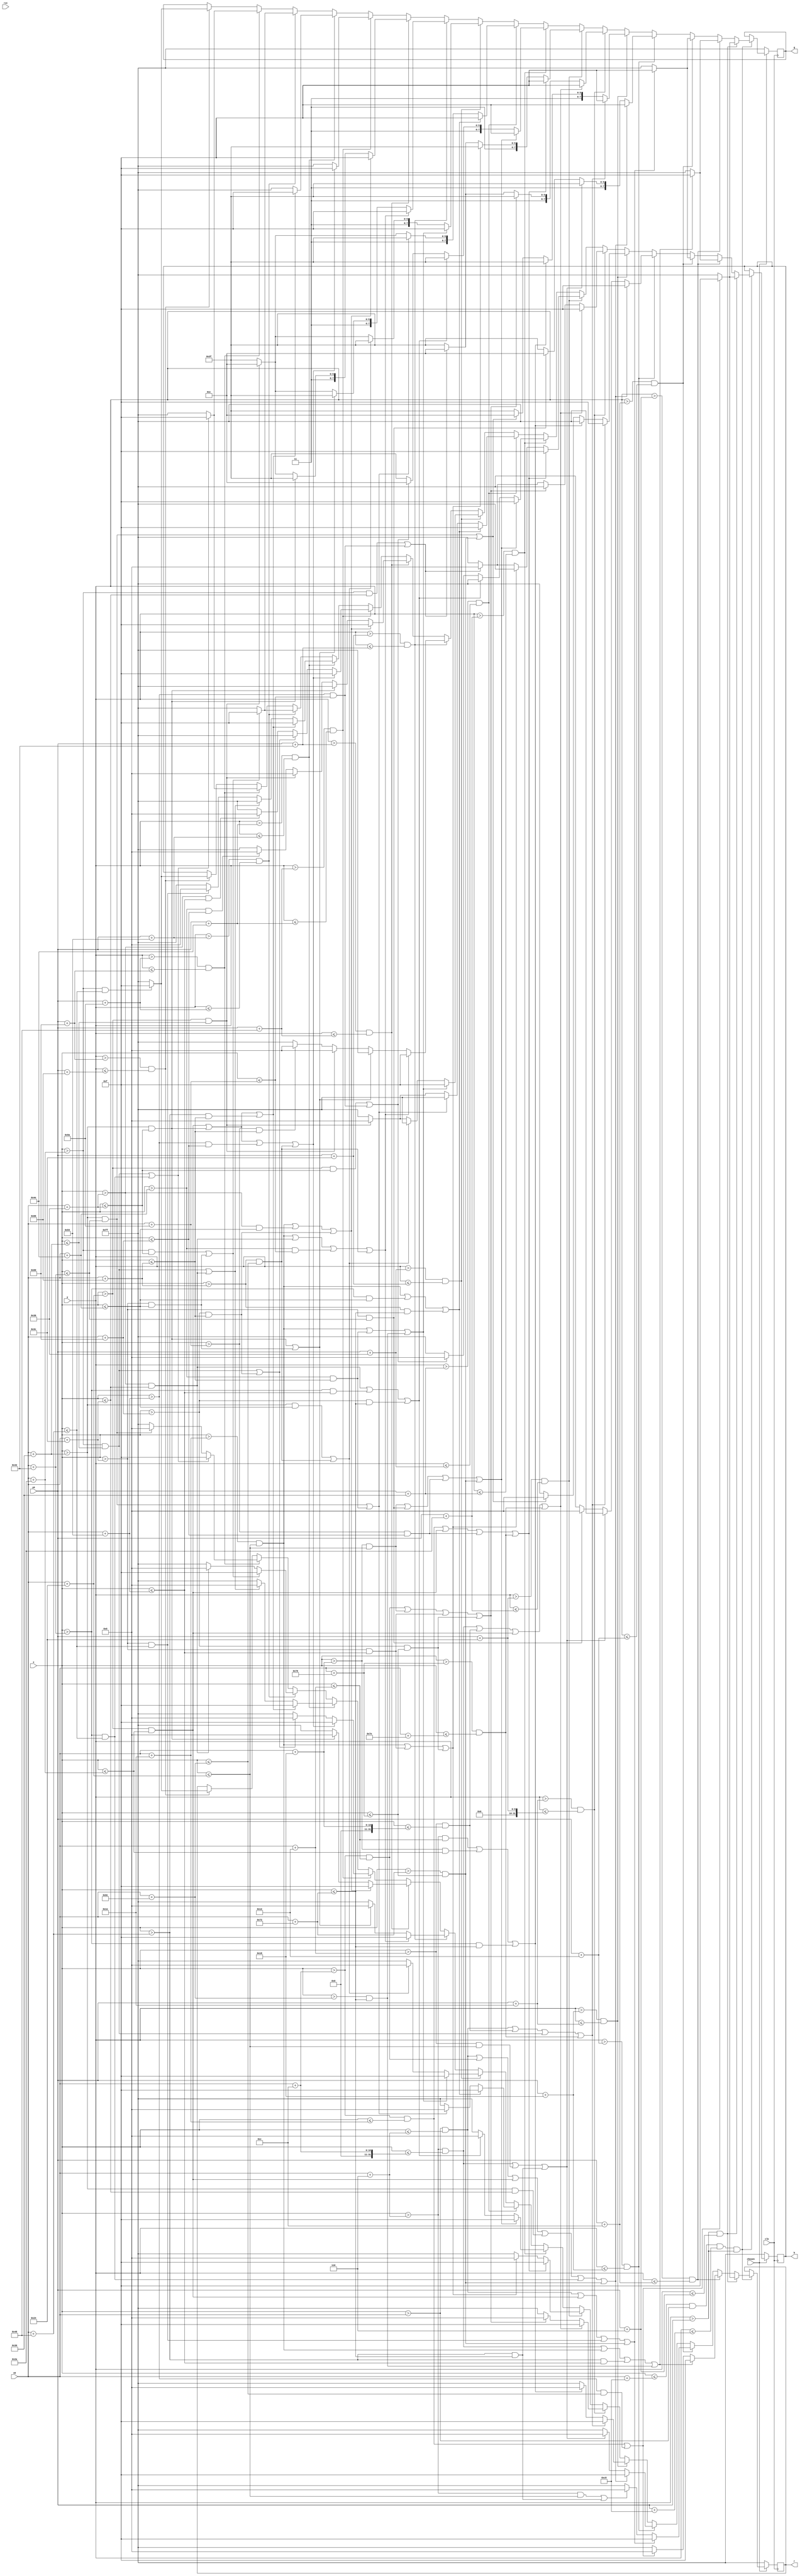
module squirtle(clk, rst, x, y, r, g, b, x0, y0, chosen);
	input clk, rst, chosen;
	input [9:0] x, x0;
	input [8:0] y, y0;
	output reg [7:0] r, g, b;
	
	parameter scale = 6;
	
	//21 * 17  scale parameter: 6-7  

always @(posedge clk) begin
		if(chosen) begin
			if(x <= x0 + 10'b0011001000 & x > x0 & y <= y0 + 9'b011001000 & y > y0) begin
				if(y > y0 & y <= y0 + scale) begin
					if((x > x0 + 2*scale & x <= x0 + 5*scale) | (x > x0 + 14*scale & x <= x0 + 18*scale)) begin
						r <= 8'b00001111;
						g <= 8'b00001111;
						b <= 8'b00001111;
					end else begin
						r <= 8'b11111111;
						g <= 8'b11111111;
						b <= 8'b11111111;
					end
				end else if (y > y0 + scale & y <= y0 + 2*scale) begin
					if((x > x0 + 1*scale & x <= x0 + 2*scale) | (x > x0 + 5*scale & x <= x0 + 6*scale) | (x > x0 + 12*scale & x <= x0 + 14*scale) | (x > x0 + 18*scale & x <= x0 + 19*scale)) begin
						r <= 8'b00001111;
						g <= 8'b00001111;
						b <= 8'b00001111;
					end else if ((x > x0 + 2*scale & x <= x0 + 5*scale) | (x > x0 + 14*scale & x <= x0 + 18*scale)) begin
						r <= 8'b00000000;
						g <= 8'b11111111;
						b <= 8'b11111111;
					end else begin
						r <= 8'b11111111;
						g <= 8'b11111111;
						b <= 8'b11111111;
					end
				end else if (y > y0 + 2*scale & y <= y0 + 3*scale) begin
					if((x > x0 & x <= x0 + scale) | (x > x0 + 6*scale & x <= x0 + 7*scale) | (x > x0 + 10*scale & x <= x0 + 12*scale) | (x > x0 + 19*scale & x <= x0 + 20*scale)) begin
						r <= 8'b00001111;
						g <= 8'b00001111;
						b <= 8'b00001111;
					end else if ((x > x0 + scale & x <= x0 + 6*scale) | (x > x0 + 12*scale & x <= x0 + 19*scale)) begin
						r <= 8'b00000000;
						g <= 8'b11111111;
						b <= 8'b11111111;
					end else begin
						r <= 8'b11111111;
						g <= 8'b11111111;
						b <= 8'b11111111;
					end
				end else if (y > y0 + 3*scale & y <= y0 + 4*scale) begin
					if((x > x0 & x <= x0 + scale) | (x > x0 + 2*scale & x <= x0 + 3*scale) | (x > x0 + 6*scale & x <= x0 + 7*scale) | (x > x0 + 8*scale & x <= x0 + 10*scale) | (x > x0 + 11*scale & x <= x0 + 12*scale) | (x > x0 + 19*scale & x <= x0 + 20*scale)) begin
						r <= 8'b00001111;
						g <= 8'b00001111;
						b <= 8'b00001111;
					end else if ((x > x0 + scale & x <= x0 + 2*scale) | (x > x0 + 3*scale & x <= x0 + 6*scale) | (x > x0 + 12*scale & x <= x0 + 19*scale)) begin
						r <= 8'b00000000;
						g <= 8'b11111111;
						b <= 8'b11111111;
					end else if (x > x0 + 10*scale & x <= x0 + 11*scale) begin
						r <= 8'b11111111; // shit
						g <= 8'b11001100;
						b <= 8'b00000000;
					end else begin
						r <= 8'b11111111;
						g <= 8'b11111111;
						b <= 8'b11111111;
					end
				end else if (y > y0 + 4*scale & y <= y0 + 5*scale) begin
					if((x > x0 & x <= x0 + scale) | (x > x0 + 3*scale & x <= x0 + 4*scale) | (x > x0 + 7*scale & x <= x0 + 8*scale) | (x > x0 + 20*scale & x <= x0 + 21*scale)) begin
						r <= 8'b00001111;
						g <= 8'b00001111;
						b <= 8'b00001111;
					end else if ((x > x0 + scale & x <= x0 + 3*scale) | (x > x0 + 4*scale & x <= x0 + 7*scale) | (x > x0 + 11*scale & x <= x0 + 19*scale)) begin
						r <= 8'b00000000;
						g <= 8'b11111111;
						b <= 8'b11111111;
					end else if ((x > x0 + 8*scale & x <= x0 + 11*scale) | (x > x0 + 19*scale & x <= x0 + 20*scale)) begin
						r <= 8'b11111111; // shit
						g <= 8'b11001100;
						b <= 8'b00000000;
					end else begin
						r <= 8'b11111111;
						g <= 8'b11111111;
						b <= 8'b11111111;
					end
				end else if (y > y0 + 5*scale & y <= y0 + 6*scale) begin
					if((x > x0 + scale & x <= x0 + 2*scale) | (x > x0 + 3*scale & x <= x0 + 4*scale) | (x > x0 + 6*scale & x <= x0 + 7*scale) | (x > x0 + 20*scale & x <= x0 + 21*scale)) begin
						r <= 8'b00001111;
						g <= 8'b00001111;
						b <= 8'b00001111;
					end else if ((x > x0 + 2*scale & x <= x0 + 3*scale) | (x > x0 + 4*scale & x <= x0 + 6*scale) | (x > x0 + 10*scale & x <= x0 + 14*scale) | (x > x0 + 16*scale & x <= x0 + 20*scale)) begin
						r <= 8'b00000000;
						g <= 8'b11111111;
						b <= 8'b11111111;
					end else if ((x > x0 + 7*scale & x <= x0 + 10*scale) | (x > x0 + 14*scale & x <= x0 + 15*scale)) begin
						r <= 8'b11111111; // shit
						g <= 8'b11001100;
						b <= 8'b00000000;
					end else begin
						r <= 8'b11111111;
						g <= 8'b11111111;
						b <= 8'b11111111;
					end
				end else if (y > y0 + 6*scale & y <= y0 + 7*scale) begin
					if((x > x0 + 2*scale & x <= x0 + 5*scale) | (x > x0 + 6*scale & x <= x0 + 7*scale) | (x > x0 + 15*scale & x <= x0 + 16*scale) | (x > x0 + 20*scale & x <= x0 + 21*scale)) begin
						r <= 8'b00001111;
						g <= 8'b00001111;
						b <= 8'b00001111;
					end else if ((x > x0 + 5*scale & x <= x0 + 6*scale) | (x > x0 + 10*scale & x <= x0 + 14*scale) | (x > x0 + 16*scale & x <= x0 + 20*scale)) begin
						r <= 8'b00000000;
						g <= 8'b11111111;
						b <= 8'b11111111;
					end else if ((x > x0 + 7*scale & x <= x0 + 10*scale) | (x > x0 + 14*scale & x <= x0 + 15*scale)) begin
						r <= 8'b11111111; // shit
						g <= 8'b11001100;
						b <= 8'b00000000;
					end else begin
						r <= 8'b11111111;
						g <= 8'b11111111;
						b <= 8'b11111111;
					end
				end else if (y > y0 + 7*scale & y <= y0 + 8*scale) begin
					if((x > x0 + 4*scale & x <= x0 +6*scale) | (x > x0 + 10*scale & x <= x0 + 11*scale) | (x > x0 + 15*scale & x <= x0 + 16*scale) | (x > x0 + 19*scale & x <= x0 + 20*scale)) begin
						r <= 8'b00001111;
						g <= 8'b00001111;
						b <= 8'b00001111;
					end else if ((x > x0 + 9*scale & x <= x0 + 10*scale) | (x > x0 + 11*scale & x <= x0 + 14*scale) | (x > x0 + 16*scale & x <= x0 + 19*scale)) begin
						r <= 8'b00000000;
						g <= 8'b11111111;
						b <= 8'b11111111;
					end else if ((x > x0 + 6*scale & x <= x0 + 9*scale) | (x > x0 + 14*scale & x <= x0 + 15*scale)) begin
						r <= 8'b11111111; // shit
						g <= 8'b11001100;
						b <= 8'b00000000;
					end else begin
						r <= 8'b11111111;
						g <= 8'b11111111;
						b <= 8'b11111111;
					end
				end else if (y > y0 + 8*scale & y <= y0 + 9*scale) begin
					if((x > x0 + 5*scale & x <= x0 + 6*scale) | (x > x0 + 11*scale & x <= x0 + 13*scale) | (x > x0 + 17*scale & x <= x0 + 19*scale)) begin
						r <= 8'b00001111;
						g <= 8'b00001111;
						b <= 8'b00001111;
					end else if ((x > x0 + 8*scale & x <= x0 + 11*scale) | (x > x0 + 13*scale & x <= x0 +17*scale)) begin
						r <= 8'b00000000;
						g <= 8'b11111111;
						b <= 8'b11111111;
					end else if (x > x0 + 6*scale & x <= x0 + 8*scale) begin
						r <= 8'b11111111; // shit
						g <= 8'b11001100;
						b <= 8'b00000000;
					end else begin
						r <= 8'b11111111;
						g <= 8'b11111111;
						b <= 8'b11111111;
					end
				end else if (y > y0 + 9*scale & y <= y0 + 10*scale) begin
					if((x > x0 + 5*scale & x <= x0 + 6*scale) | (x > x0 + 13*scale & x <= x0 + 17*scale) | (x > x0 + 18*scale & x <= x0 + 19*scale)) begin
						r <= 8'b00001111;
						g <= 8'b00001111;
						b <= 8'b00001111;
					end else if ((x > x0 + 8*scale & x <= x0 + 13*scale) | (x > x0 + 17*scale & x <= x0 +18*scale)) begin
						r <= 8'b00000000;
						g <= 8'b11111111;
						b <= 8'b11111111;
					end else if (x > x0 + 6*scale & x <= x0 + 8*scale) begin
						r <= 8'b11111111; // shit
						g <= 8'b11001100;
						b <= 8'b00000000;
					end else begin
						r <= 8'b11111111;
						g <= 8'b11111111;
						b <= 8'b11111111;
					end
				end else if (y > y0 + 10*scale & y <= y0 + 11*scale) begin
					if((x > x0 + 5*scale & x <= x0 + 6*scale) | (x > x0 + 9*scale & x <= x0 + 10*scale) | (x > x0 + 13*scale & x <= x0 + 15*scale) | (x > x0 + 17*scale & x <= x0 + 18*scale)) begin
						r <= 8'b00001111;
						g <= 8'b00001111;
						b <= 8'b00001111;
					end else if ((x > x0 + 8*scale & x <= x0 + 9*scale) | (x > x0 + 10*scale & x <= x0 +13*scale)) begin
						r <= 8'b00000000;
						g <= 8'b11111111;
						b <= 8'b11111111;
					end else if (x > x0 + 6*scale & x <= x0 + 8*scale) begin
						r <= 8'b11111111; // shit
						g <= 8'b11001100;
						b <= 8'b00000000;
					end else if (x > x0 + 15*scale & x <= x0 + 17*scale) begin
						r <= 8'b11111111;
						g <= 8'b11111111;
						b <= 8'b00000000;
					end else begin
						r <= 8'b11111111;
						g <= 8'b11111111;
						b <= 8'b11111111;
					end
				end else if (y > y0 + 11*scale & y <= y0 + 12*scale) begin
					if((x > x0 + 5*scale & x <= x0 + 6*scale) | (x > x0 + 9*scale & x <= x0 + 13*scale) | (x > x0 + 16*scale & x <= x0 + 17*scale)) begin
						r <= 8'b00001111;
						g <= 8'b00001111;
						b <= 8'b00001111;
					end else if ((x > x0 + 8*scale & x <= x0 + 9*scale)) begin
						r <= 8'b00000000;
						g <= 8'b11111111;
						b <= 8'b11111111;
					end else if (x > x0 + 6*scale & x <= x0 + 8*scale) begin
						r <= 8'b11111111; // shit
						g <= 8'b11001100;
						b <= 8'b00000000;
					end else if (x > x0 + 13*scale & x <= x0 + 16*scale) begin
						r <= 8'b11111111;
						g <= 8'b11111111;
						b <= 8'b00000000;
					end else begin
						r <= 8'b11111111;
						g <= 8'b11111111;
						b <= 8'b11111111;
					end
				end else if (y > y0 + 12*scale & y <= y0 + 13*scale) begin
					if((x > x0 + 6*scale & x <= x0 + 7*scale) | (x > x0 + 8*scale & x <= x0 + 9*scale) | (x > x0 + 14*scale & x <= x0 + 16*scale) | (x > x0 + 17*scale & x <= x0 + 18*scale)) begin
						r <= 8'b00001111;
						g <= 8'b00001111;
						b <= 8'b00001111;
					end else if ((x > x0 + 7*scale & x <= x0 + 8*scale) | (x > x0 + 16*scale & x <= x0 + 17*scale)) begin
						r <= 8'b00000000;
						g <= 8'b11111111;
						b <= 8'b11111111;
					end else if (x > x0 + 9*scale & x <= x0 + 14*scale) begin
						r <= 8'b11111111;
						g <= 8'b11111111;
						b <= 8'b00000000;
					end else begin
						r <= 8'b11111111;
						g <= 8'b11111111;
						b <= 8'b11111111;
					end
				end else if (y > y0 + 13*scale & y <= y0 + 14*scale) begin
					if((x > x0 + 6*scale & x <= x0 + 7*scale) | (x > x0 + 8*scale & x <= x0 + 9*scale) | (x > x0 + 12*scale & x <= x0 + 17*scale)) begin
						r <= 8'b00001111;
						g <= 8'b00001111;
						b <= 8'b00001111;
					end else if ((x > x0 + 7*scale & x <= x0 + 8*scale) | (x > x0 + 9*scale & x <= x0 + 10*scale)) begin
						r <= 8'b00000000;
						g <= 8'b11111111;
						b <= 8'b11111111;
					end else if (x > x0 + 10*scale & x <= x0 + 12*scale) begin
						r <= 8'b11111111;
						g <= 8'b11111111;
						b <= 8'b00000000;
					end else begin
						r <= 8'b11111111;
						g <= 8'b11111111;
						b <= 8'b11111111;
					end
				end else if (y > y0 + 14*scale & y <= y0 + 15*scale) begin
					if((x > x0 + 7*scale & x <= x0 + 9*scale) | (x > x0 + 10*scale & x <= x0 + 13*scale)) begin
						r <= 8'b00001111;
						g <= 8'b00001111;
						b <= 8'b00001111;
					end else if (x > x0 + 9*scale & x <= x0 + 10*scale) begin
						r <= 8'b00000000;
						g <= 8'b11111111;
						b <= 8'b11111111;
					end else begin
						r <= 8'b11111111;
						g <= 8'b11111111;
						b <= 8'b11111111;
					end
				end else if (y > y0 + 15*scale & y <= y0 + 16*scale) begin
					if((x > x0 + 7*scale & x <= x0 + 8*scale) | (x > x0 + 11*scale & x <= x0 + 12*scale)) begin
						r <= 8'b00001111;
						g <= 8'b00001111;
						b <= 8'b00001111;
					end else if (x > x0 + 8*scale & x <= x0 + 11*scale) begin
						r <= 8'b00000000;
						g <= 8'b11111111;
						b <= 8'b11111111;
					end else begin
						r <= 8'b11111111;
						g <= 8'b11111111;
						b <= 8'b11111111;
					end
				end else if (y > y0 + 16*scale & y <= y0 + 17*scale) begin
					if(x > x0 + 7*scale & x <= x0 + 12*scale) begin
						r <= 8'b00001111;
						g <= 8'b00001111;
						b <= 8'b00001111;
					end else begin
						r <= 8'b11111111;
						g <= 8'b11111111;
						b <= 8'b11111111;
					end	
				end
			end 
		end else begin
			r <= 8'b11111111;
			g <= 8'b11111111;
			b <= 8'b11111111;
		end
	end 
	
endmodule